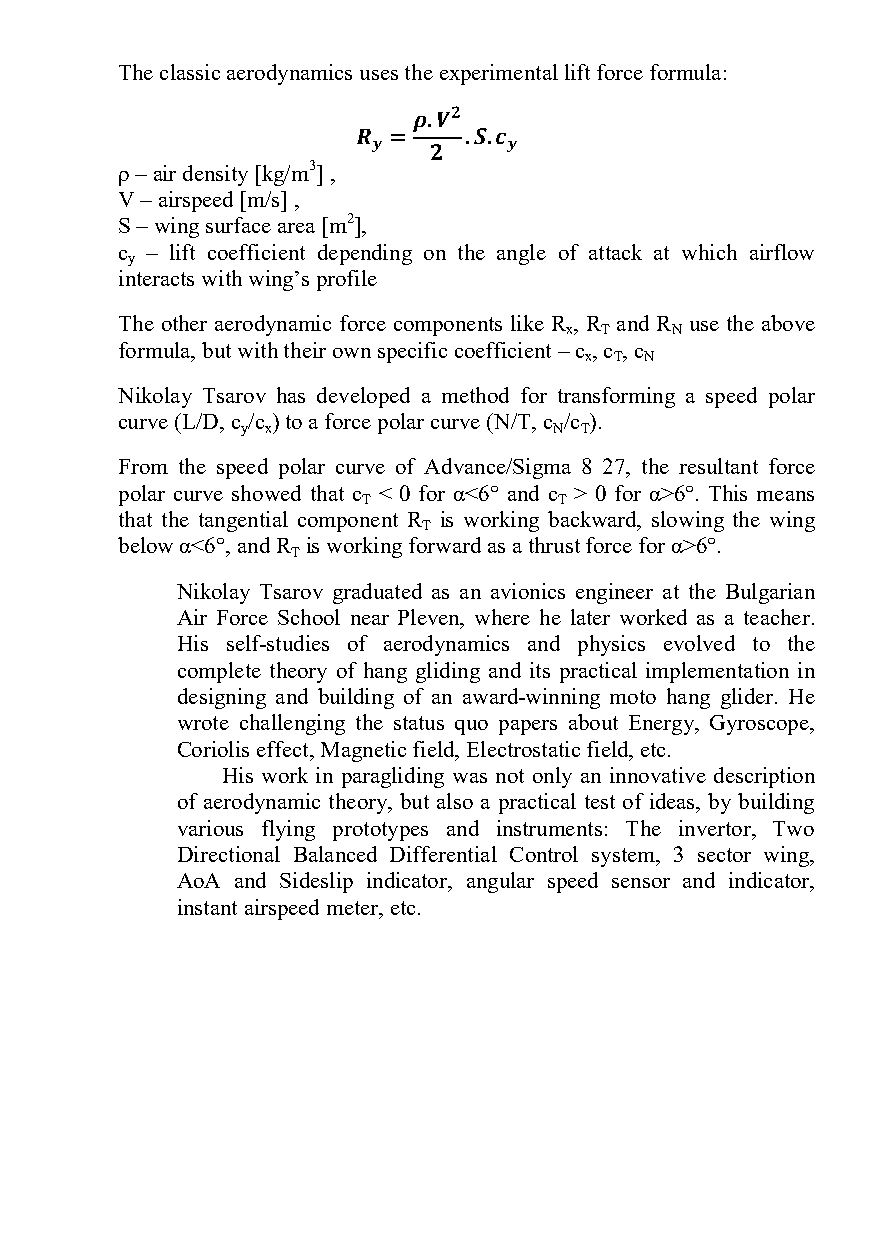
The classic aerodynamics uses the experimental lift force formula:
 𝟐
 ρ – air density [kg/m3] , 𝝆.𝑽
 𝑹𝒚 =   .𝑺.𝒄𝒚
 V – airspeed [m/s] , 𝟐
 S – wing surface area [m2],
 c – lift coefficient depending on the angle of attack at which airflow
 y
 interacts with wing’s profile
 The other aerodynamic force components like R , R and R use the above
 x  T   N
 formula, but with their own specific coefficient – c , c , c
 x T N
 Nikolay Tsarov has developed a method for transforming a speed polar
 curve (L/D, c /c ) to a force polar curve (N/T, c /c ).
 y x                  N T
 From the speed polar curve of Advance/Sigma 8 27, the resultant force
 polar curve showed that c < 0 for α<6° and c > 0 for α>6°. This means
 T            T
 that the tangential component R is working backward, slowing the wing
 T
 below α<6°, and R is working forward as a thrust force for α>6°.
 T
 Nikolay Tsarov graduated as an avionics engineer at the Bulgarian
 Air Force School near Pleven, where he later worked as a teacher.
 His self-studies of aerodynamics and physics evolved to the
 complete theory of hang gliding and its practical implementation in
 designing and building of an award-winning moto hang glider. He
 wrote challenging the status quo papers about Energy, Gyroscope,
 Coriolis effect, Magnetic field, Electrostatic field, etc.
 His work in paragliding was not only an innovative description
 of aerodynamic theory, but also a practical test of ideas, by building
 various flying prototypes and instruments: The invertor, Two
 Directional Balanced Differential Control system, 3 sector wing,
 AoA and Sideslip indicator, angular speed sensor and indicator,
 instant airspeed meter, etc.